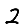
Digit: 2